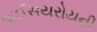
વાઈસયરોયની